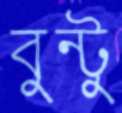
বুন্টু